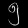
Digit: ၅